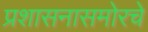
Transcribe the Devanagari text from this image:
प्रशासनासमोरचे